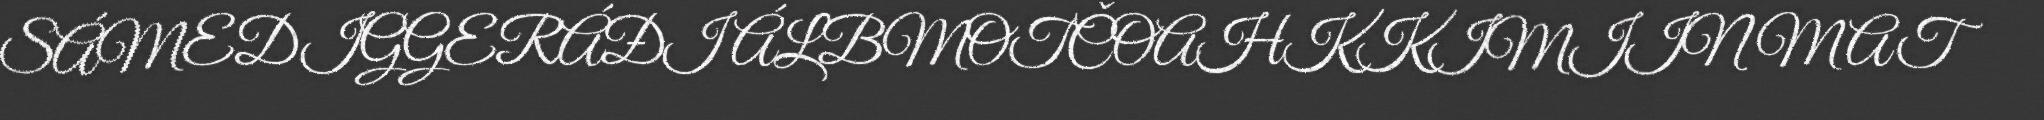
SÁMEDIGGERÁĐI ÁLBMOTČOAHKKIMIIN MAT